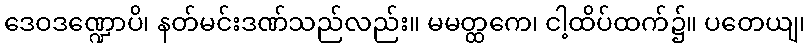
ဒေဝဒဏ္ဍောပိ၊ နတ်မင်းဒဏ်သည်လည်း။ မမတ္ထကေ၊ ငါ့ထိပ်ထက်၌။ ပတေယျ၊